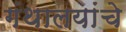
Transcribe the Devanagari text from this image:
गंथालयांचे